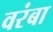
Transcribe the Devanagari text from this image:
वरंबा